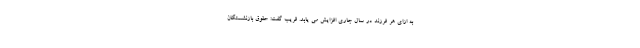
به ازای هر فرزند در سال جاری افزایش می یابد. قریب گفت: حقوق بازنشستگان